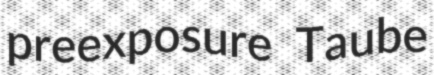
preexposure Taube